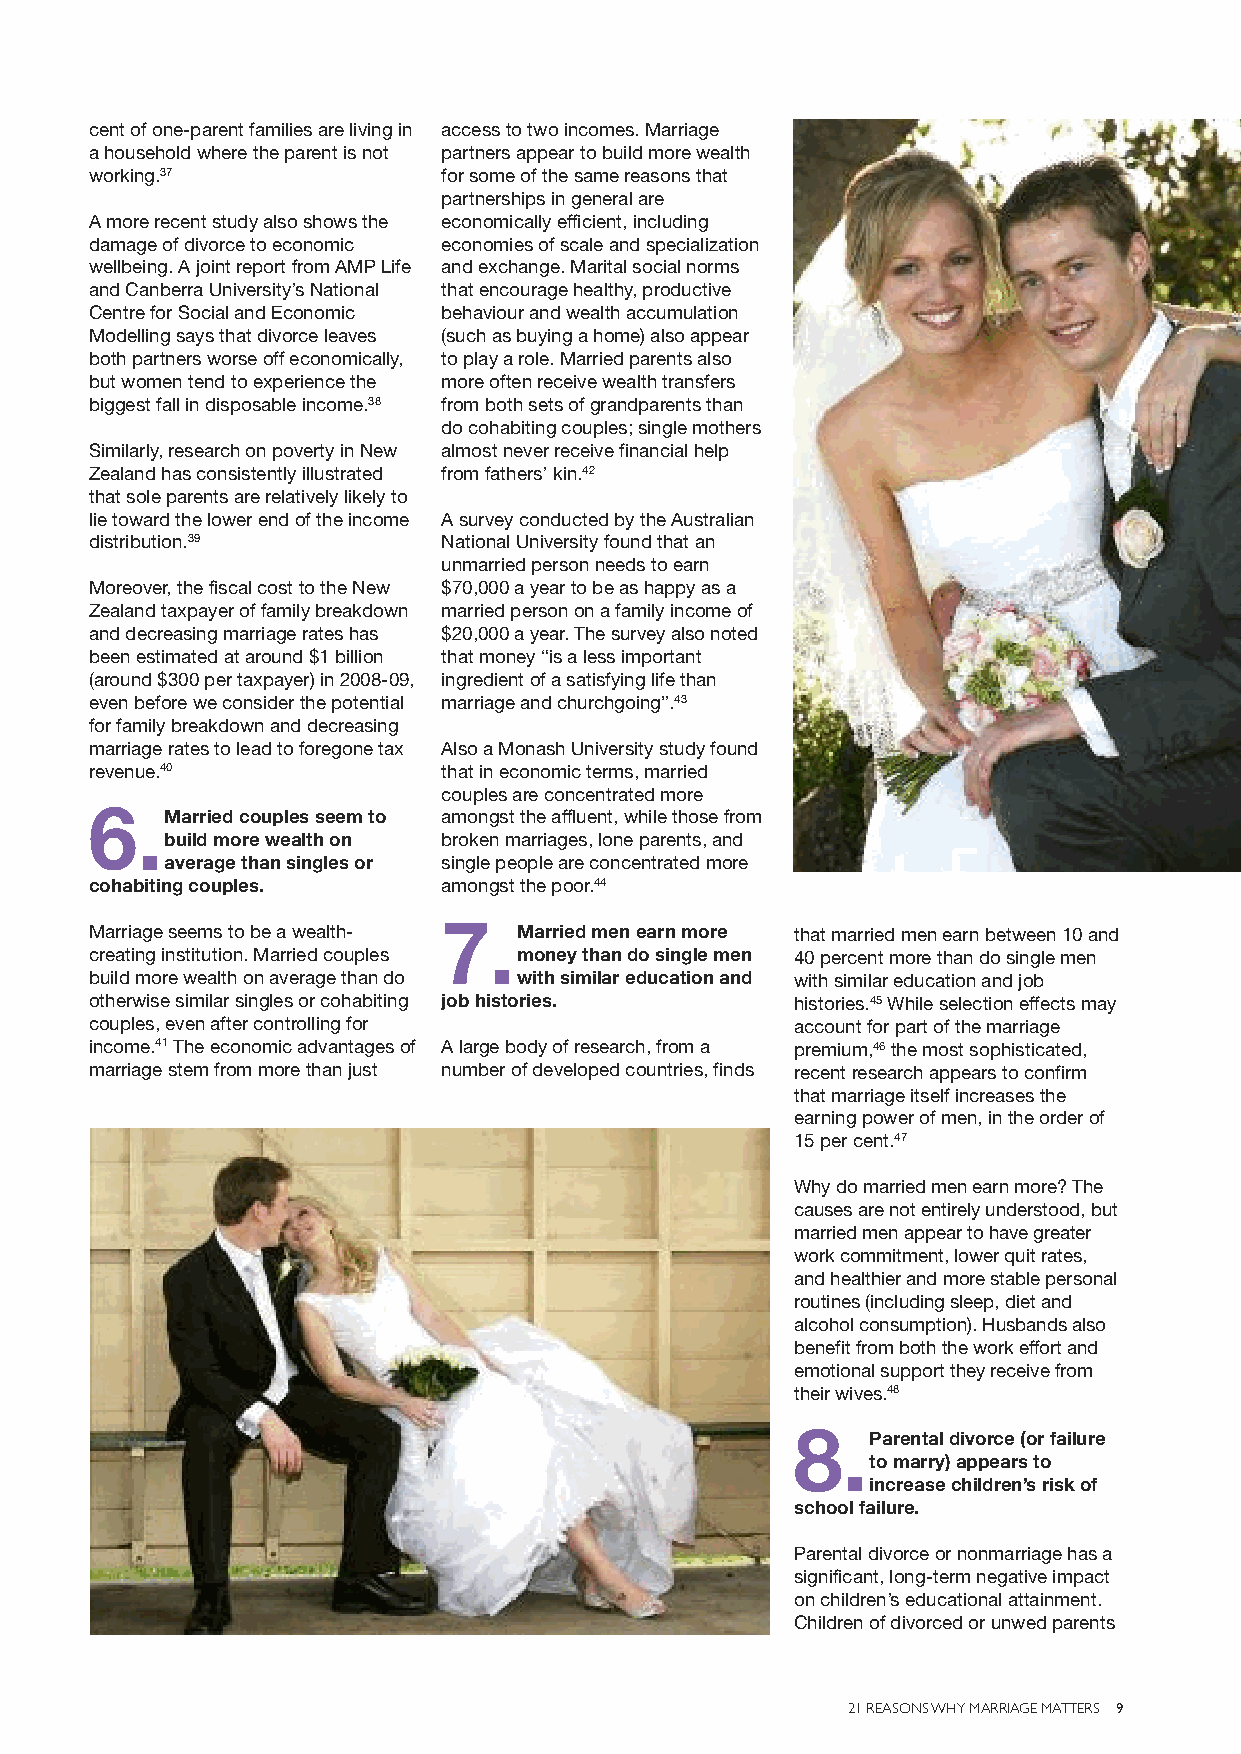
cent of one-parent families are living in access to two incomes. Marriage
 a household where the parent is not partners appear to build more wealth
 working.37             for some of the same reasons that
 partnerships in general are
 A more recent study also shows the economically efficient, including
 damage of divorce to economic economies of scale and specialization
 wellbeing. A joint report from AMP Life and exchange. Marital social norms
 and Canberra University’s National that encourage healthy, productive
 Centre for Social and Economic behaviour and wealth accumulation
 Modelling says that divorce leaves (such as buying a home) also appear
 both partners worse off economically, to play a role. Married parents also
 but women tend to experience the more often receive wealth transfers
 biggest fall in disposable income.38 from both sets of grandparents than
 do cohabiting couples; single mothers
 Similarly, research on poverty in New almost never receive financial help
 Zealand has consistently illustrated from fathers’ kin.42
 that sole parents are relatively likely to
 lie toward the lower end of the income A survey conducted by the Australian
 distribution.39        National University found that an
 unmarried person needs to earn
 Moreover, the fiscal cost to the New $70,000 a year to be as happy as a
 Zealand taxpayer offamily breakdown married person on a family income of
 and decreasing marriage rates has $20,000 a year. The survey also noted
 been estimated at around $1 billion that money “is a less important
 (around $300 per taxpayer) in 2008-09, ingredient of a satisfying life than
 even before we consider the potential marriage and churchgoing”.43
 for family breakdown and decreasing
 marriage rates to lead to foregone tax Also a Monash University study found
 revenue.40             that in economic terms, married
 couples are concentrated more
 6.
 Married couples seem to amongst the affluent, while those from
 build more wealth on broken marriages, lone parents,and
 average than singles or single people are concentrated more
 cohabiting couples.    amongst the poor.44
 7.
 Marriage seems to be a wealth- Married men earn more that married men earn between 10 and
 creating institution. Married couples money than do single men 40 percent more than do single men
 build more wealth on average than do with similar education and with similar education and job
 otherwise similar singles or cohabiting job histories. histories.45While selection effects may
 couples, even after controlling for            account for part of the marriage
 income.41The economic advantages of A large body of research, from a premium,46the most sophisticated,
 marriage stem from more than just number of developed countries, finds recent research appears to confirm
 that marriage itself increases the
 earning power of men, in the order of
 15 per cent.47
 Why do married men earn more? The
 causes are not entirely understood, but
 married men appear to have greater
 work commitment, lower quit rates,
 and healthier and more stable personal
 routines (including sleep, diet and
 alcohol consumption). Husbands also
 benefit from both the work effort and
 emotional support they receive from
 their wives.48
 8.
 Parental divorce (or failure
 to marry) appears to
 increase children’s risk of
 school failure.
 Parental divorce or nonmarriage has a
 significant, long-term negative impact
 on children’s educational attainment.
 Children of divorced or unwed parents
 21 REASONS WHY MARRIAGE MATTERS 9